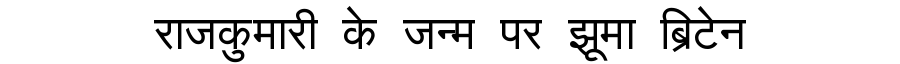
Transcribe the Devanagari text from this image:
राजकुमारी के जन्म पर झूमा ब्रिटेन